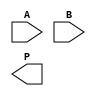
module WallaceTreeMultiplier #(parameter N = 4) (
    input [N-1:0] A,
    input [N-1:0] B,
    output reg [2*N-1:0] P
);

    // Partial product generation
    wire [N-1:0] pp [0:N-1]; // Partial products
    genvar i, j;
    generate
        for (i = 0; i < N; i = i + 1) begin : pp_gen
            assign pp[i] = A & {N{B[i]}}; // AND operation to generate partial products
        end
    endgenerate

    // Intermediate wires for Wallace tree reduction
    wire [N-1:0] sum [0:N-1];
    wire [N-1:0] carry [0:N-1];

    // Stage 1: Reduce the first two rows of partial products
    generate
        for (i = 0; i < N-1; i = i + 1) begin : stage1
            if (i == 0) begin
                assign {carry[i], sum[i]} = pp[i][0] + pp[i+1][0]; // First column
            end else begin
                assign {carry[i], sum[i]} = pp[i][0] + pp[i+1][0] + carry[i-1]; // Subsequent columns
            end
        end
    endgenerate

    // Stage 2: Further reduction
    generate
        for (i = 0; i < N-1; i = i + 1) begin : stage2
            if (i == 0) begin
                assign {carry[N+i], sum[N+i]} = sum[i][1] + pp[i][1]; // First column
            end else begin
                assign {carry[N+i], sum[N+i]} = sum[i][1] + pp[i][1] + carry[N+i-1]; // Subsequent columns
            end
        end
    endgenerate

    // Final addition of the last two rows
    wire [2*N-1:0] final_sum;
    wire [2*N-1:0] final_carry;
    
    assign {final_carry, final_sum} = {1'b0, sum[2*N-2]} + {1'b0, sum[2*N-1]} + {1'b0, carry[2*N-3]};

    // Final product assignment
    always @(*) begin
        P = final_sum + final_carry;
    end

endmodule